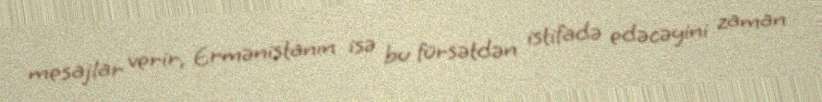
mesajlar verir, Ermənistanın isə bu fürsətdən istifadə edəcəyini zaman